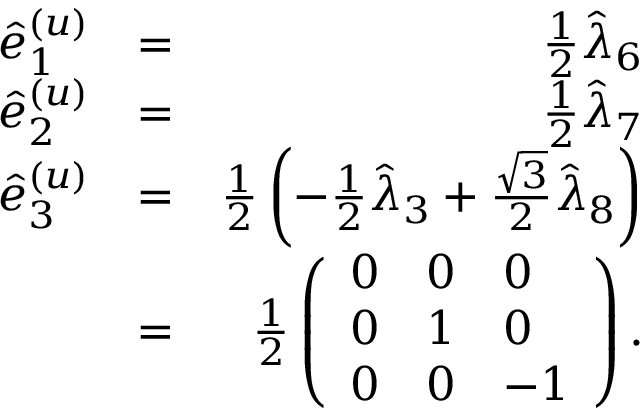
\begin{array} { r l r } { \hat { e } _ { 1 } ^ { ( u ) } } & { = } & { \frac { 1 } { 2 } \hat { \lambda } _ { 6 } } \\ { \hat { e } _ { 2 } ^ { ( u ) } } & { = } & { \frac { 1 } { 2 } \hat { \lambda } _ { 7 } } \\ { \hat { e } _ { 3 } ^ { ( u ) } } & { = } & { \frac { 1 } { 2 } \left( - \frac { 1 } { 2 } \hat { \lambda } _ { 3 } + \frac { \sqrt { 3 } } { 2 } \hat { \lambda } _ { 8 } \right) } \\ & { = } & { \frac { 1 } { 2 } \left( \begin{array} { l l l } { 0 } & { 0 } & { 0 } \\ { 0 } & { 1 } & { 0 } \\ { 0 } & { 0 } & { - 1 } \end{array} \right) . } \end{array}